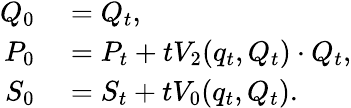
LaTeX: \begin{array}{rl}{Q_{0}}&{{}=Q_{t},}\\ {P_{0}}&{{}=P_{t}+tV_{2}(q_{t},Q_{t})\cdot Q_{t},}\\ {S_{0}}&{{}=S_{t}+tV_{0}(q_{t},Q_{t}).}\end{array}